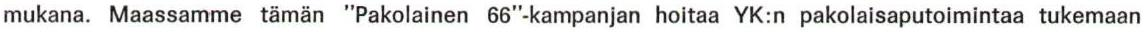
mukana. Maassamme tämän "Pakolainen 66"-kampanjan hoitaa YK:n pakolaisaputoimintaa tukemaan